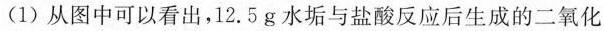
(1)从图中可以看出，12.5g水垢与盐酸反应后生成的二氧化